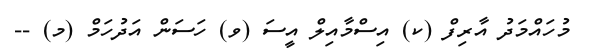
މުހައްމަދު އާރިފް (ކ) އިސްމާއިލް އީސަ (ވ) ހަސަން އަދުހަމް (މ) --